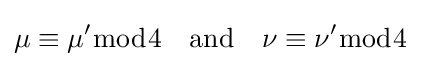
\mu \equiv \mu '{\bmod {4}}\quad {\text{and}}\quad \nu \equiv \nu '{\bmod {4}}